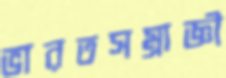
ভারতসম্রাজ্ঞী